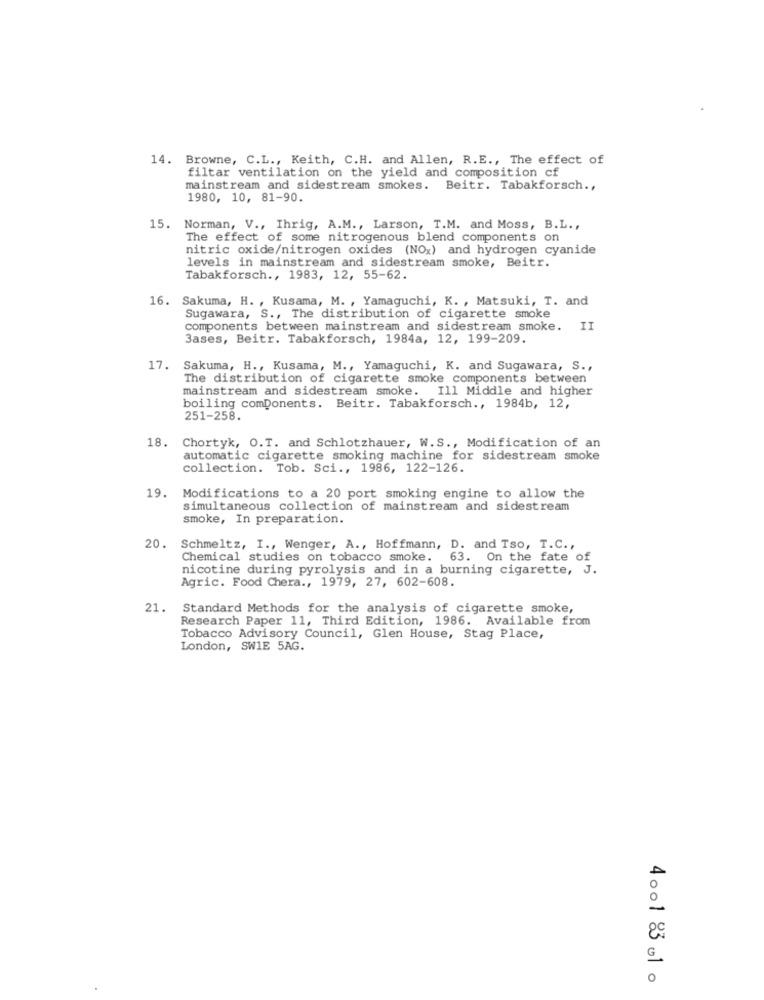
14. Browne, C.L ., Keith, C.H. and Allen, R.E ., The effect of
filtar ventilation on the yield and composition cf
mainstream and sidestream smokes. Beitr. Tabakforsch .,
1980, 10, 81-90.
15. Norman, V ., Ihrig, A.M ., Larson, T.M. and Moss, B.L .,
The effect of some nitrogenous blend components on
nitric oxide/nitrogen oxides (NOX) and hydrogen cyanide
levels in mainstream and sidestream smoke, Beitr.
Tabakforsch ., 1983, 12, 55-62.
16. Sakuma, H. , Kusama, M. , Yamaguchi, K. , Matsuki, T. and
Sugawara, S ., The distribution of cigarette smoke
components between mainstream and sidestream smoke. II
Bases, Beitr. Tabakforsch, 1984a, 12, 199-209.
17. Sakuma, H ., Kusama, M ., Yamaguchi, K. and Sugawara, S .,
The distribution of cigarette smoke components between
mainstream and sidestream smoke. Ill Middle and higher
boiling components. Beitr. Tabakforsch ., 1984b, 12,
251-258.
18. Chortyk, O.T. and Schlotzhauer, W. S ., Modification of an
automatic cigarette smoking machine for sidestream smoke
collection. Tob. Sci ., 1986, 122-126.
19.
Modifications to a 20 port smoking engine to allow the
simultaneous collection of mainstream and sidestream
smoke, In preparation.
20.
Schmeltz, I ., Wenger, A ., Hoffmann, D. and Tso, T.C .,
Chemical studies on tobacco smoke.
63. On the fate of
nicotine during pyrolysis and in a burning cigarette, J.
Agric. Food Chera ., 1979, 27, 602-608.
21.
Standard Methods for the analysis of cigarette smoke,
Research Paper 11, Third Edition, 1986. Available from
Tobacco Advisory Council, Glen House, Stag Place,
London, SWIE 5AG.
G
O
4001 83 -1 o